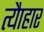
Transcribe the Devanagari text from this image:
त्यैाहार